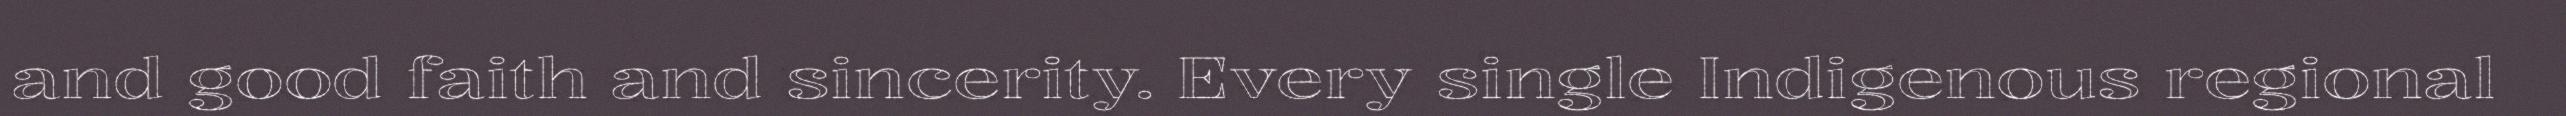
and good faith and sincerity. Every single Indigenous regional